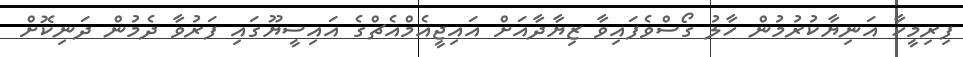
ފިރިމީހާ އަނިޔާކުރުމުން ހާލު ގޯސްވެފައިވާ ޒިޔާދާއަށް އައިޖީއެމްއެޗްގެ އައިސީޔޫގައި ފަރުވާ ދެމުން ދަނިކޮށް